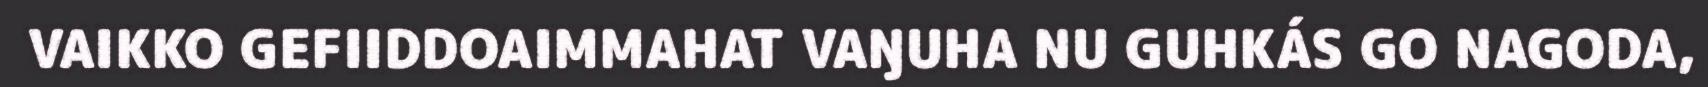
VAIKKO GEFIIDDOAIMMAHAT VAŊUHA NU GUHKÁS GO NAGODA,